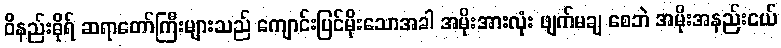
ဝိနည်းဓိုရ် ဆရာတော်ကြီးများသည် ကျောင်းပြင်မိုးသောအခါ အမိုးအားလုံး ဖျက်မချ စေဘဲ အမိုးအနည်းငယ်